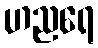
ဟညရေ